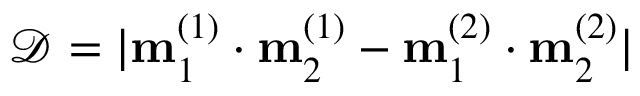
\mathcal { D } = | \mathbf { m } _ { 1 } ^ { ( 1 ) } \cdot \mathbf { m } _ { 2 } ^ { ( 1 ) } - \mathbf { m } _ { 1 } ^ { ( 2 ) } \cdot \mathbf { m } _ { 2 } ^ { ( 2 ) } |